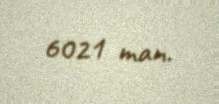
6021 man.